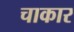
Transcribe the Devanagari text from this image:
चाकार